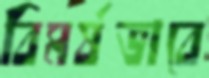
বিমর্ষভাবে